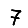
Digit: 7